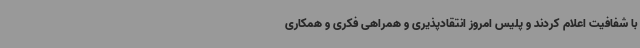
با شفافیت اعلام کردند و پلیس امروز انتقادپذیری و همراهی فکری و همکاری